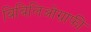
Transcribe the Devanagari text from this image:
बिबिलिओग्राफी